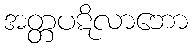
အတ္တပဋိလာဘော